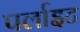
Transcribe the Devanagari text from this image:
पर्लाइट